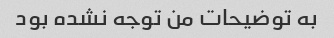
به توضیحات من توجه نشده بود